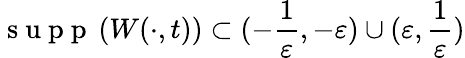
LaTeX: \mathrm{~s~u~p~p~}\left(W(\cdot,t)\right)\subset(-\frac{1}{\varepsilon},-\varepsilon)\cup(\varepsilon,\frac{1}{\varepsilon})